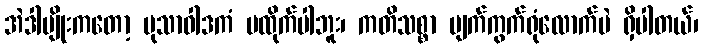
အဲဒါမျိုးကတော့ မုသာဝါဒကံ မထိုက်ပါဘူး၊ ကတိသစ္စာ ပျက်ကွက်ရုံလောက်ပဲ ရှိပါတယ်၊